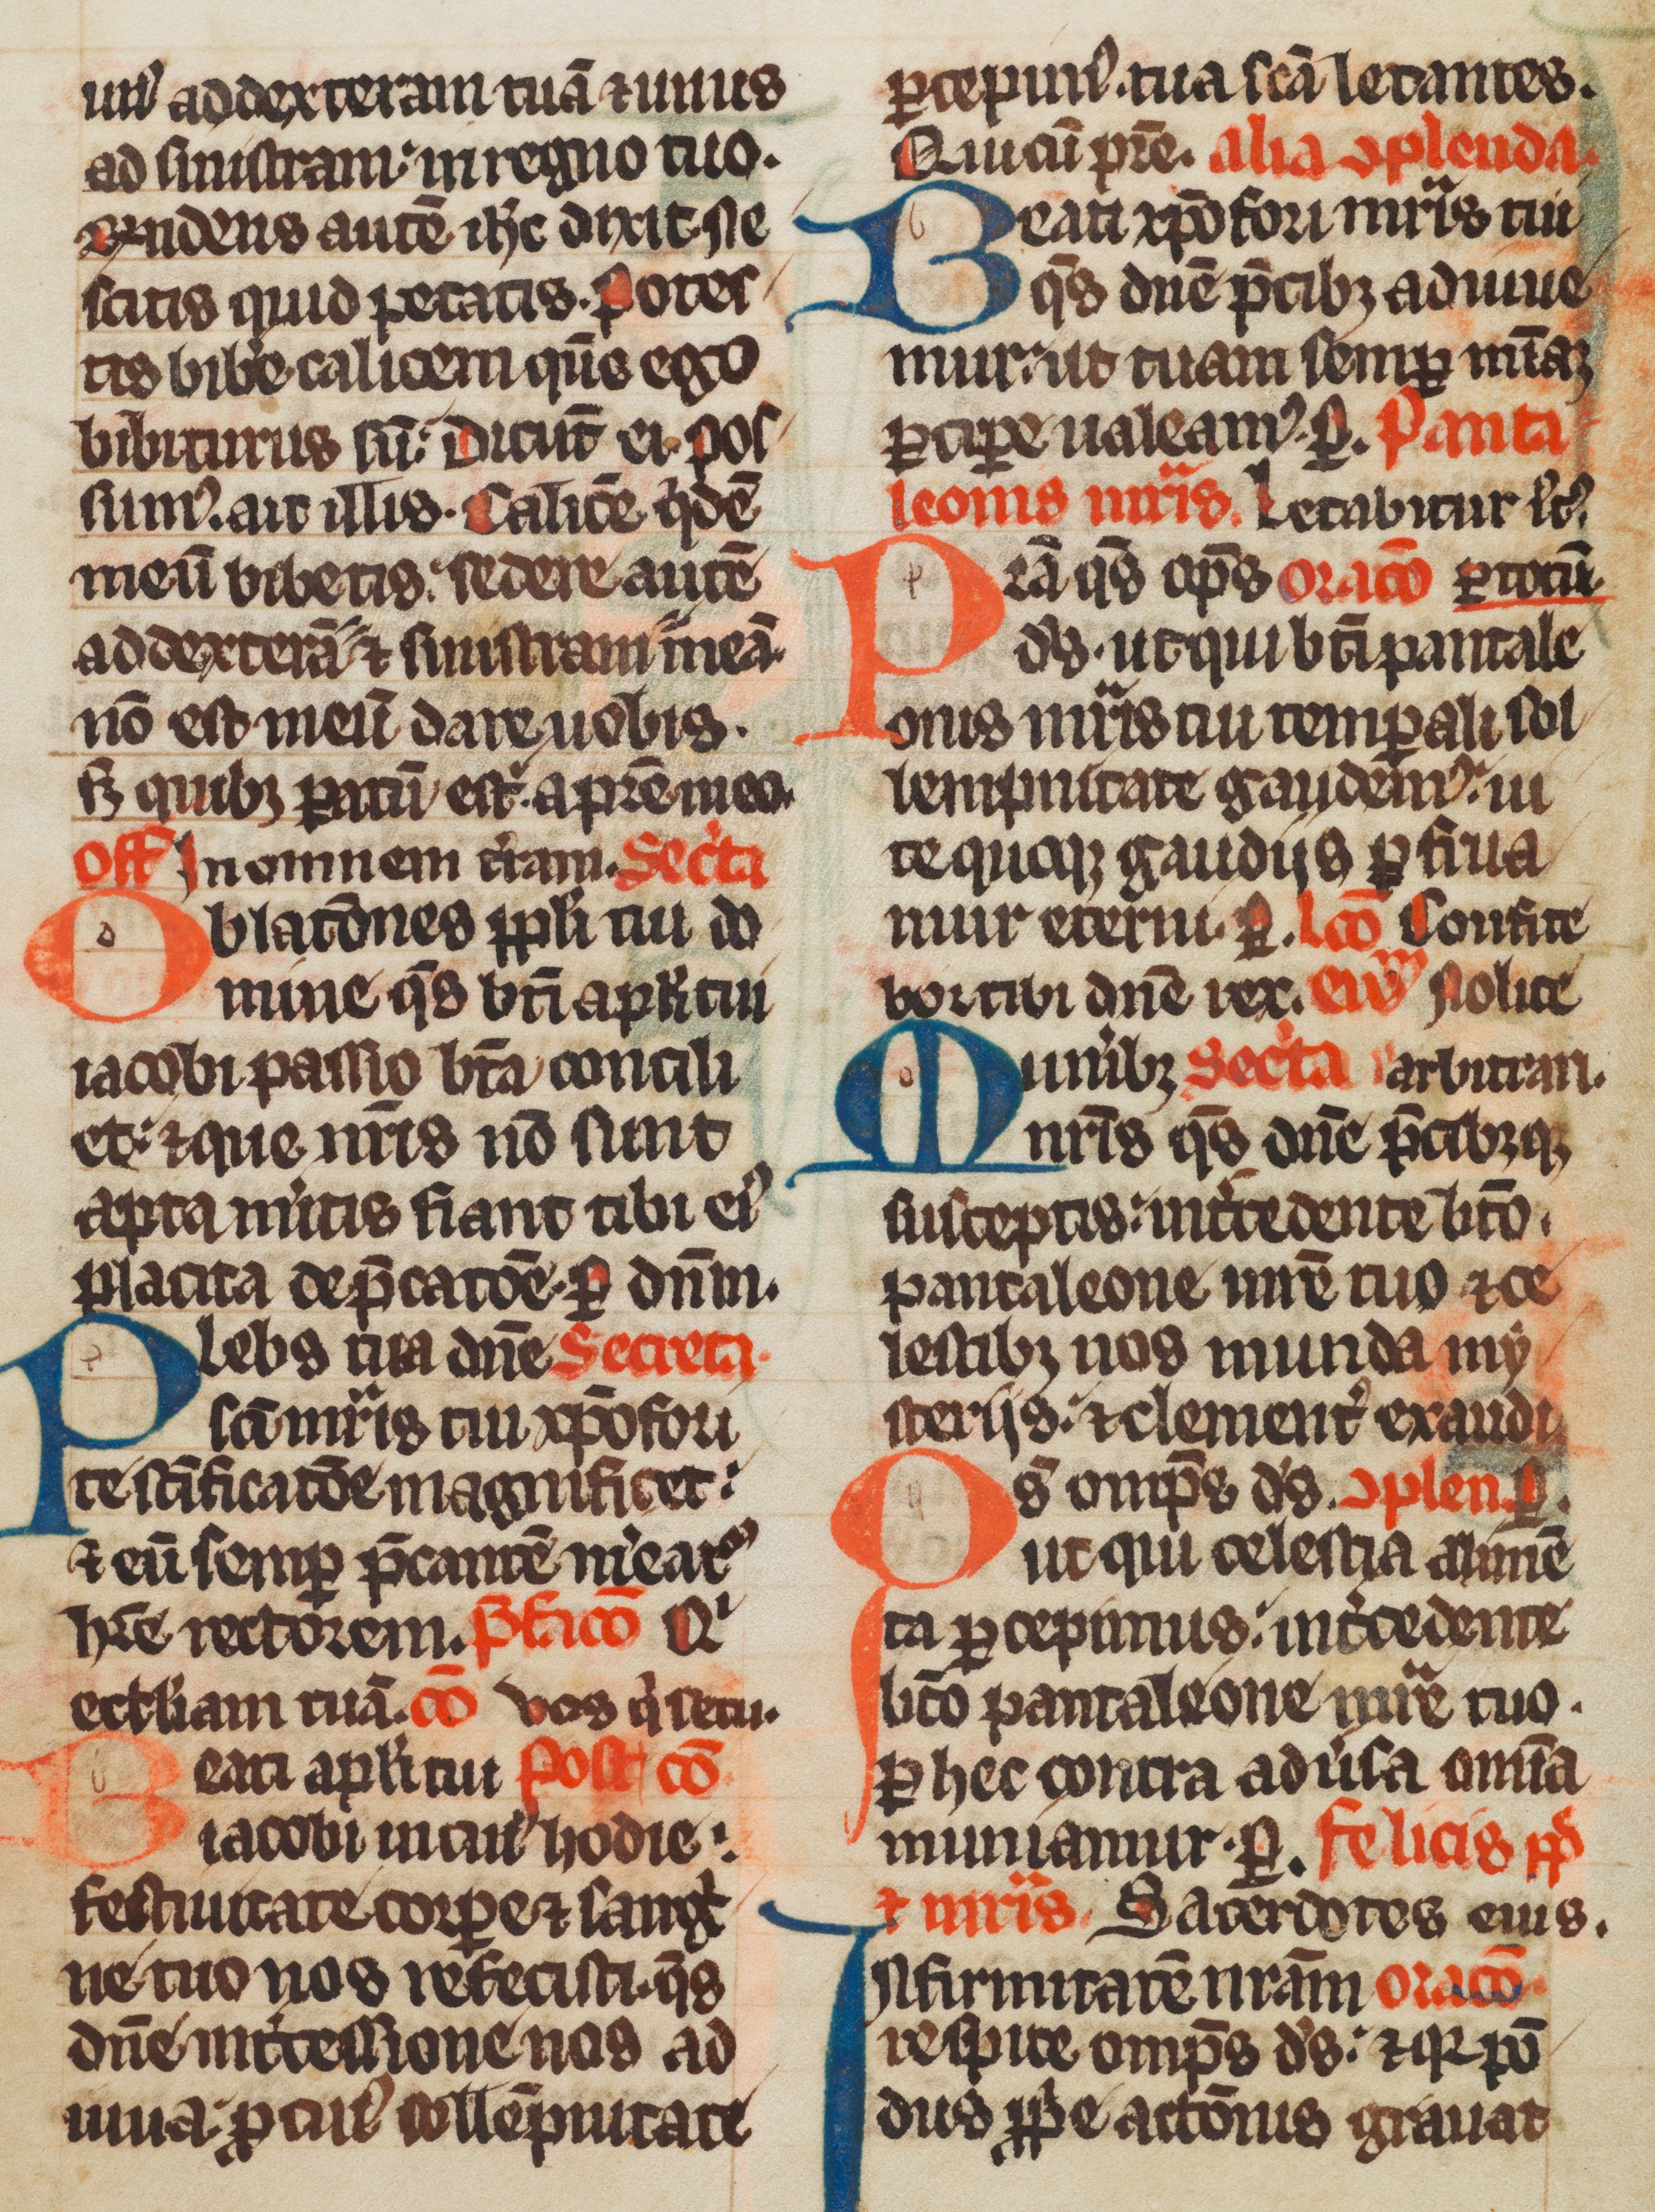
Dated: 1285–1315